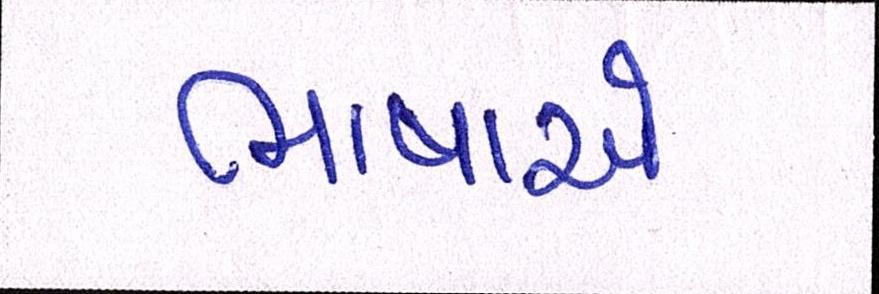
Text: ભાષાએ